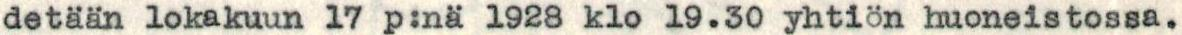
detään lokakuun 17 p:nä 1928 klo 19.30 yhtiön huoneistossa.